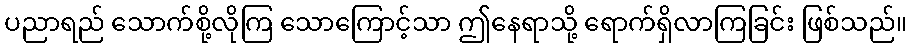
ပညာရည် သောက်စို့လိုကြ သောကြောင့်သာ ဤနေရာသို့ ရောက်ရှိလာကြခြင်း ဖြစ်သည်။